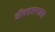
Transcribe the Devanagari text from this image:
डॉक्टरानडस